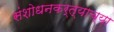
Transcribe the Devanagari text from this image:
संशोधनकर्त्याच्या